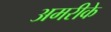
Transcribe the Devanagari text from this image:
अमरीके